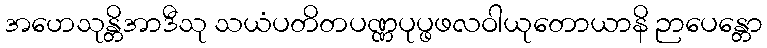
အဟေသုန္တိအာဒီသု သယံပတိတပဏ္ဏပုပ္ဖဖလဝါယုတောယာနိ ဉာပေန္တော